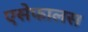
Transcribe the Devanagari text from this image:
एसेफालस